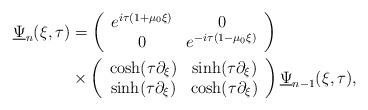
\begin{align*}\underline{\Psi}_{n}(\xi, \tau) & = \left(\begin{array}{cc}e^{i \tau (1 + \mu_{0}\xi)} & 0\\0 & e^{-i \tau (1 - \mu_{0}\xi)}\end{array}\right) \\&\times\left(\begin{array}{cc}\cosh(\tau \partial_{\xi}) & \sinh(\tau \partial_{\xi})\\\sinh(\tau \partial_{\xi}) & \cosh(\tau \partial_{\xi})\end{array}\right)\underline{\Psi}_{n-1}(\xi, \tau), \end{align*}